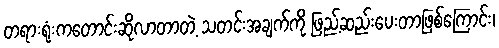
တရားရုံးကတောင်းဆိုလာတာတဲ့ သတင်းအချက်ကို ဖြည့်ဆည်းပေးတာဖြစ်ကြောင်း၊